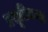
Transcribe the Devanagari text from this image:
प्रसूतितज्ज्ञ